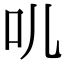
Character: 䶷